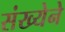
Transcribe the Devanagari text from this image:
संख्‍येने